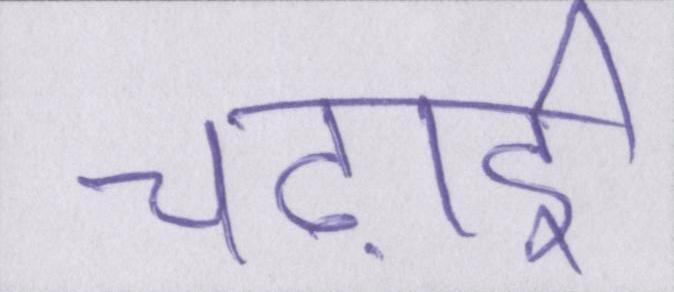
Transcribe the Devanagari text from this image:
चढ़ाई